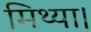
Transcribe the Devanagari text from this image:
मिथ्या।